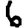
Digit: 6